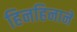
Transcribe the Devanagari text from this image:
हिनहिनाने